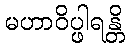
မဟာဝိပ္ဖါရန္တိ